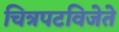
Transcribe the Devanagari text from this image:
चित्रपटविजेते